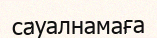
сауалнамаға